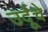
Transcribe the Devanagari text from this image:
उर्दूचे